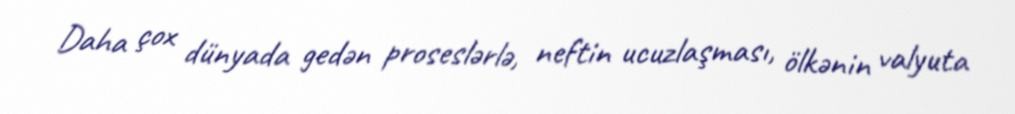
Daha çox dünyada gedən proseslərlə, neftin ucuzlaşması, ölkənin valyuta